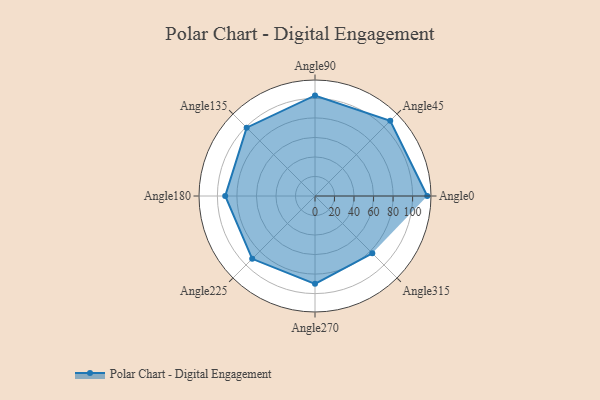
{"axis": {"x": "Angle", "y": "Radius"}, "legend": [""], "data": [{"x": "Angle0", "y": 115.0, "type": ""}, {"x": "Angle45", "y": 109.0, "type": ""}, {"x": "Angle90", "y": 103.0, "type": ""}, {"x": "Angle135", "y": 99.0, "type": ""}, {"x": "Angle180", "y": 92.0, "type": ""}, {"x": "Angle225", "y": 91.0, "type": ""}, {"x": "Angle270", "y": 90.0, "type": ""}, {"x": "Angle315", "y": 83.0, "type": ""}]}